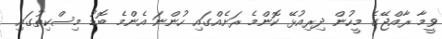
ވީމާ ރާއްޖޭގެ މީހުން ދިރިއުޅޭ ކޮންމެ ރަށެއްގައި ހުންނަ އެންމެ ބޮޑު މިސްކިތުގައި